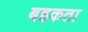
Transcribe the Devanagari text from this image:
बहकता